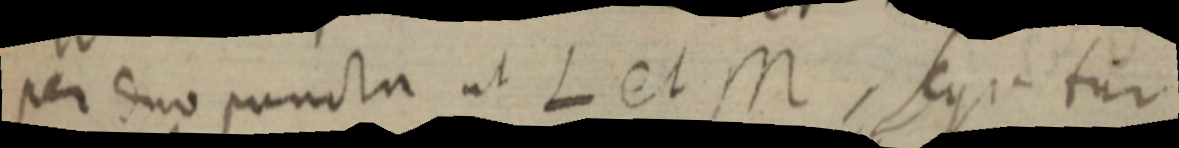
per duo puncta ut L et M, sequitur